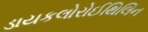
ડાયકલોરોઈથિલિન